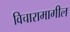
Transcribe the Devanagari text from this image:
विचारामागील